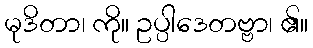
မုဒိတာ၊ ကို။ ဥပ္ပါဒေတဗ္ဗာ၊ ၏။